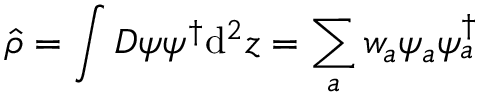
\hat { \rho } = \int D \psi \psi ^ { \dagger } \mathrm { d } ^ { 2 } z = \sum _ { a } w _ { a } \psi _ { a } \psi _ { a } ^ { \dagger }